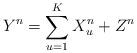
LaTeX: \begin{align*} Y^n=\sum_{u=1}^K X_u^n+Z^n \end{align*}